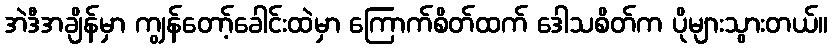
အဲဒီအချိန်မှာ ကျွန်တော့်ခေါင်းထဲမှာ ကြောက်စိတ်ထက် ဒေါသစိတ်က ပိုများသွားတယ်။